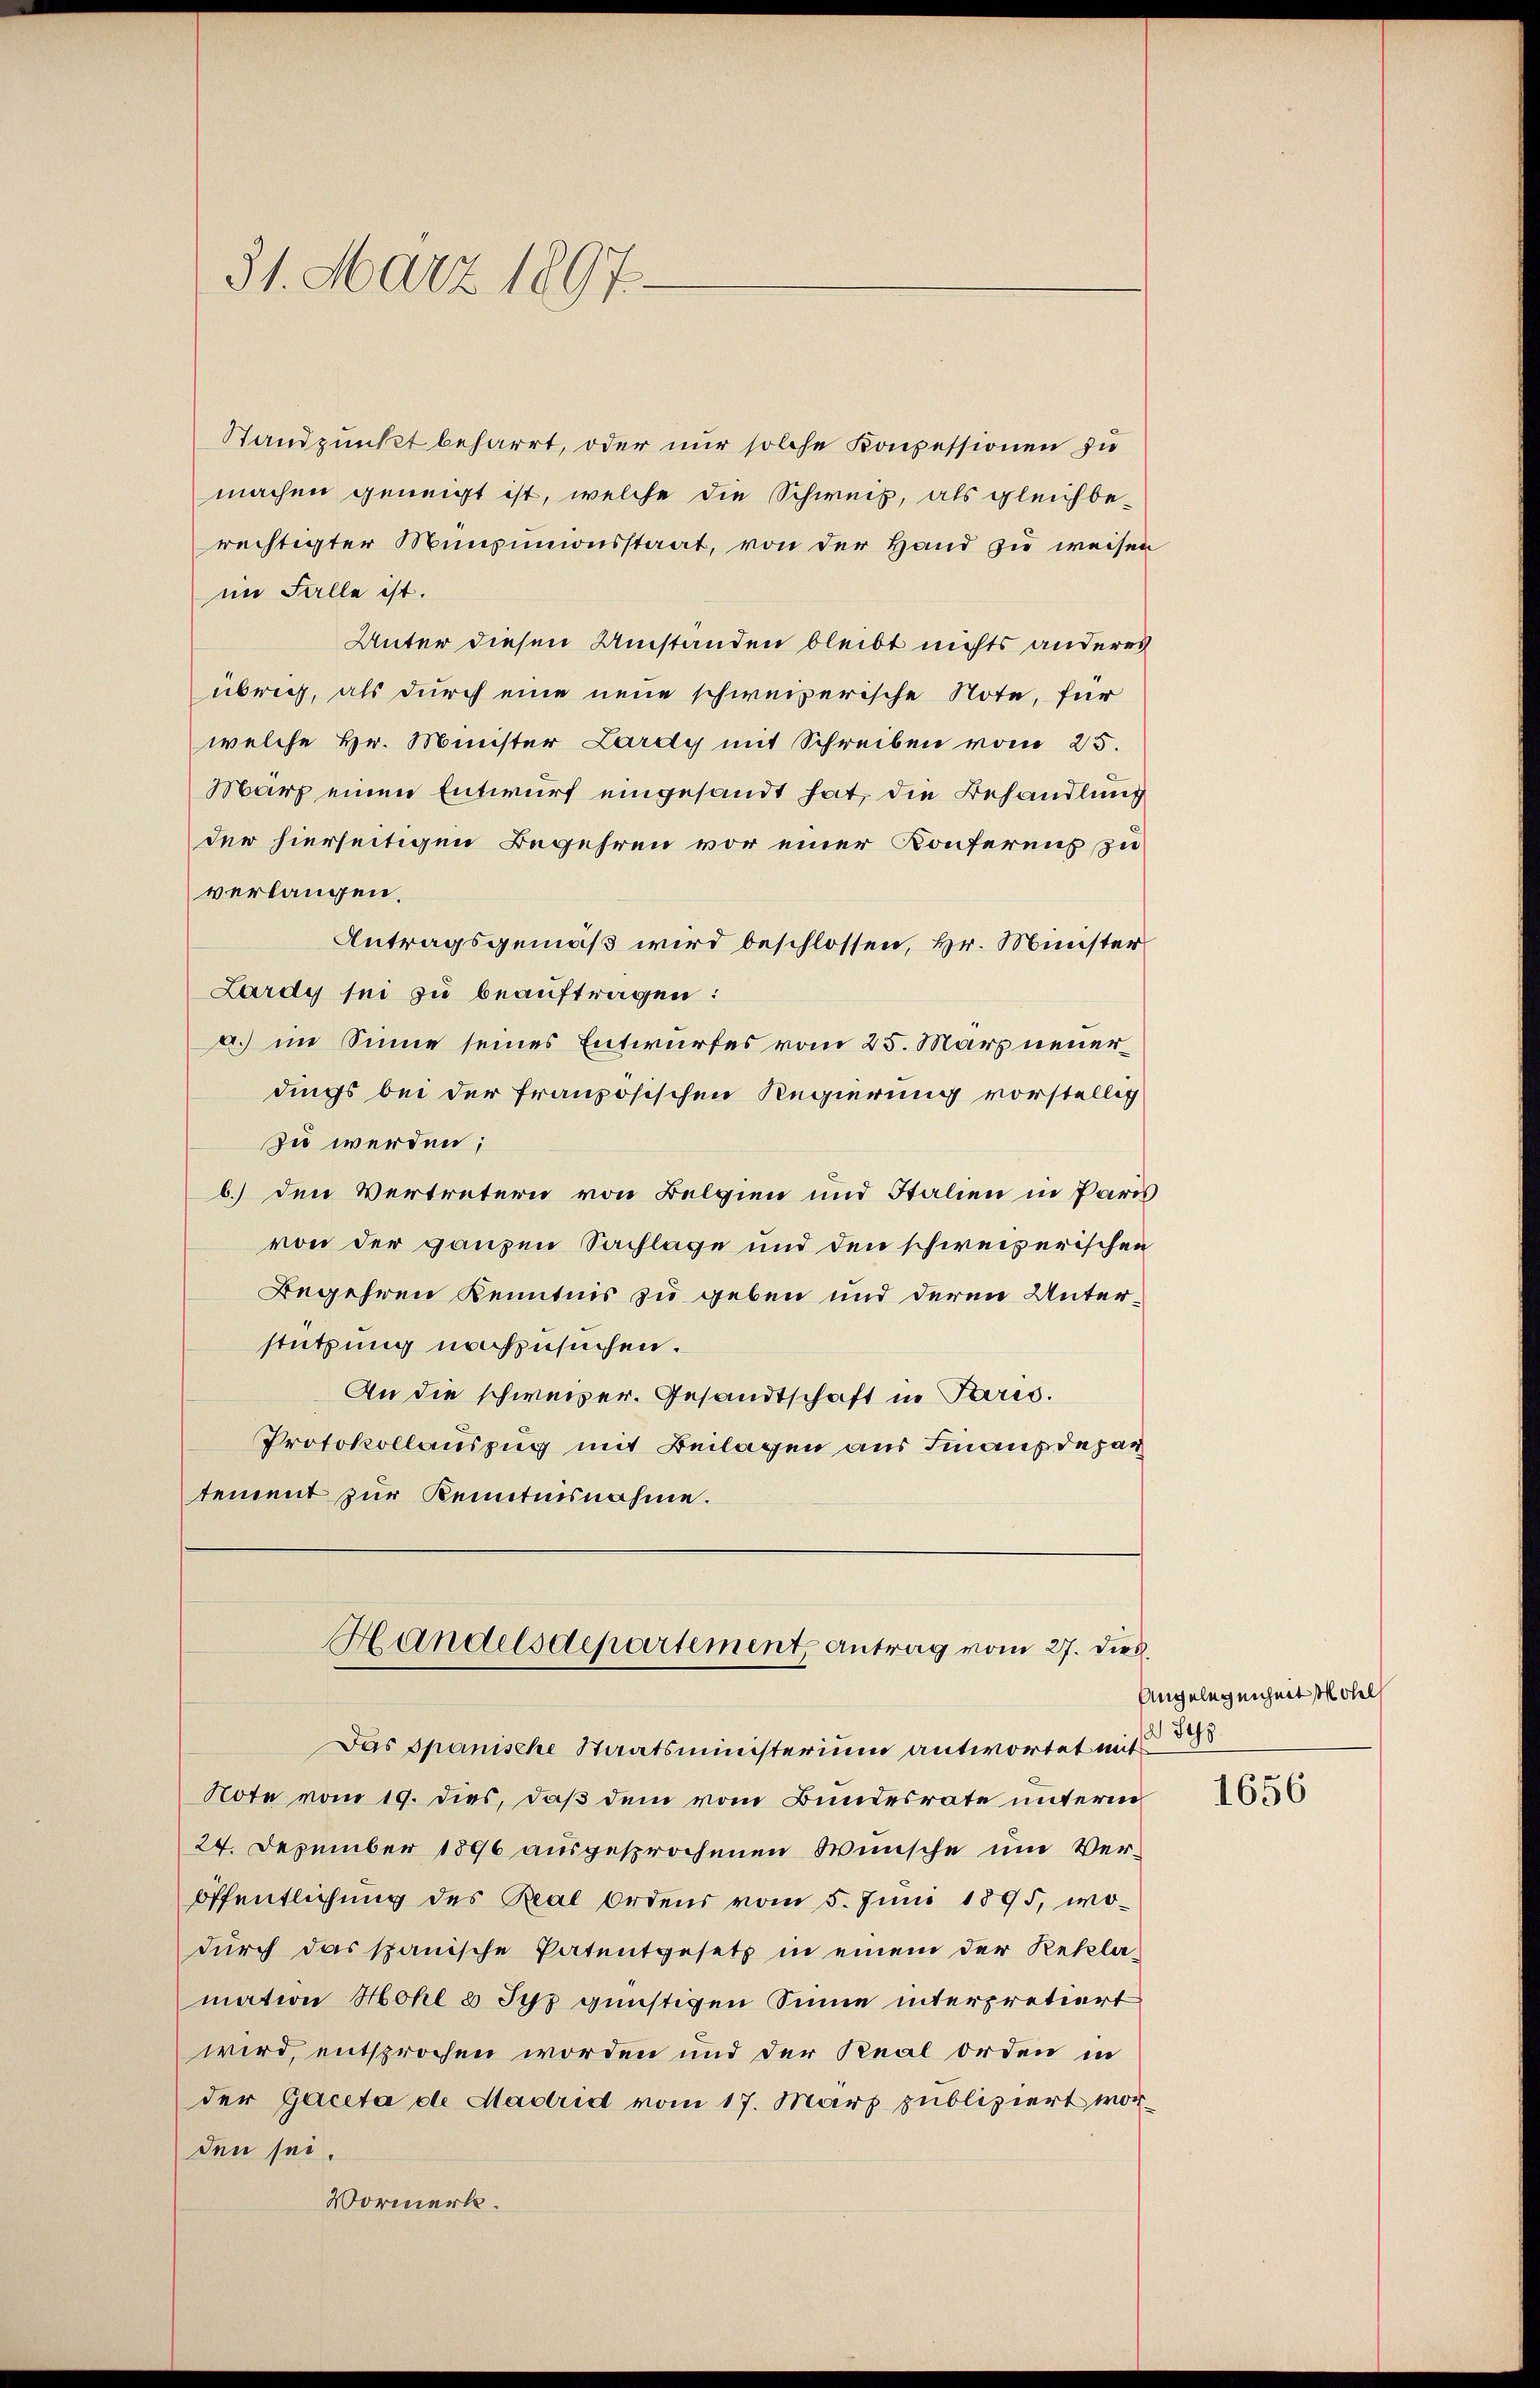
31. März 1897.

Standpunkt beharrt, oder nur solche Konpessionen zu
machen geneigt ist, welche die Schweiz, als gleichbe-
rechtigter Minpunionsstaat, von der Hand zu weisen
im Falle ist.
Unter diesen Umstanden bleibt nichts anderes
übrig, als durch eine neue schweizerische Note, für
welche Hr. Minister Lardy mit Schreiben vom 25.
März einen Entwurf eingesandt hat, die Behandlung
der hierseitigen Begehren vor einer Konferenz zu
verlangen.
Antragsgemäß wird beschlossen, Hr. Minister
Lardy sei zu beauftragen:
a. im Sinne seines Entwurfes vom 25. März neuerdings bei der französischen Regierung vorstellig
zu werden;
b.) den Vertretern von Belgien und Italien in Paris
von der ganzen Sachlage und den schweizerischen
Begehren Kenntnis zu geben und deren Unterstützung nachzusuchen.
An die schweizer. Gesandtschaft in Paris.
Protokollauszug mit Beilagen aus Finanzdepar
tement zur Kenntnisnahme.

Das Spanische Staatsministerium antwortet mit
Note vom 19. dies, daß dem vom Bundesrate unterm
24. Dezember 1896 ausgesprochenen Wünsche um Veröffentlichung des Real Ordens vom 5. Juni 1895, wodŭrch das spanische Patentgesetz in einem der Rekla-
mation Hohl 8 Syz günstigen Sinne interpretiert
wird, entsprochen worden und der Real orden in
der Gaceta de Hadrid vom 17. März publiziert worden sei.
Vormerk.

Handelsdepartement antrag vom 27. Dies.

Angelegenheit Mohel
Sch

1656